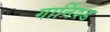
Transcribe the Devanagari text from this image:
गार्निश्ड